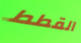
القطط